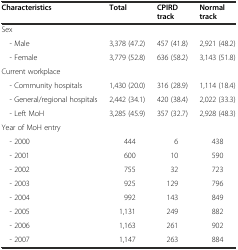
| Characteristics | Total | CPIRD track | Normal track |
 | --- | --- | --- | --- |
 | Sex |  |  |  |
 | - Male | 3,378 (47.2) | 457 (41.8) | 2,921 (48.2) |
 | - Female | 3,779 (52.8) | 636 (58.2) | 3,143 (51.8) |
 | Current workplace |  |  |  |
 | - Community hospitals | 1,430 (20.0) | 316 (28.9) | 1,114 (18.4) |
 | - General/regional hospitals | 2,442 (34.1) | 420 (38.4) | 2,022 (33.3) |
 | - Left MoH | 3,285 (45.9) | 357 (32.7) | 2,928 (48.3) |
 | Year of MoH entry |  |  |  |
 | - 2000 | 444 | 6 | 438 |
 | - 2001 | 600 | 10 | 590 |
 | - 2002 | 755 | 32 | 723 |
 | - 2003 | 925 | 129 | 796 |
 | - 2004 | 992 | 143 | 849 |
 | - 2005 | 1,131 | 249 | 882 |
 | - 2006 | 1,163 | 261 | 902 |
 | - 2007 | 1,147 | 263 | 884 |